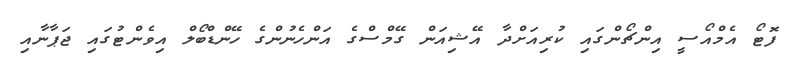
ފޮޓޯ އެމްއޯސީ އިންޗޯންގައި ކުރިއަށްދާ އޭޝިއަން ގޭމްސްގެ އަންހެނުންގެ ހޭންޑްބޯލް އިވެންޓުގައި ޖަޕާނާއި